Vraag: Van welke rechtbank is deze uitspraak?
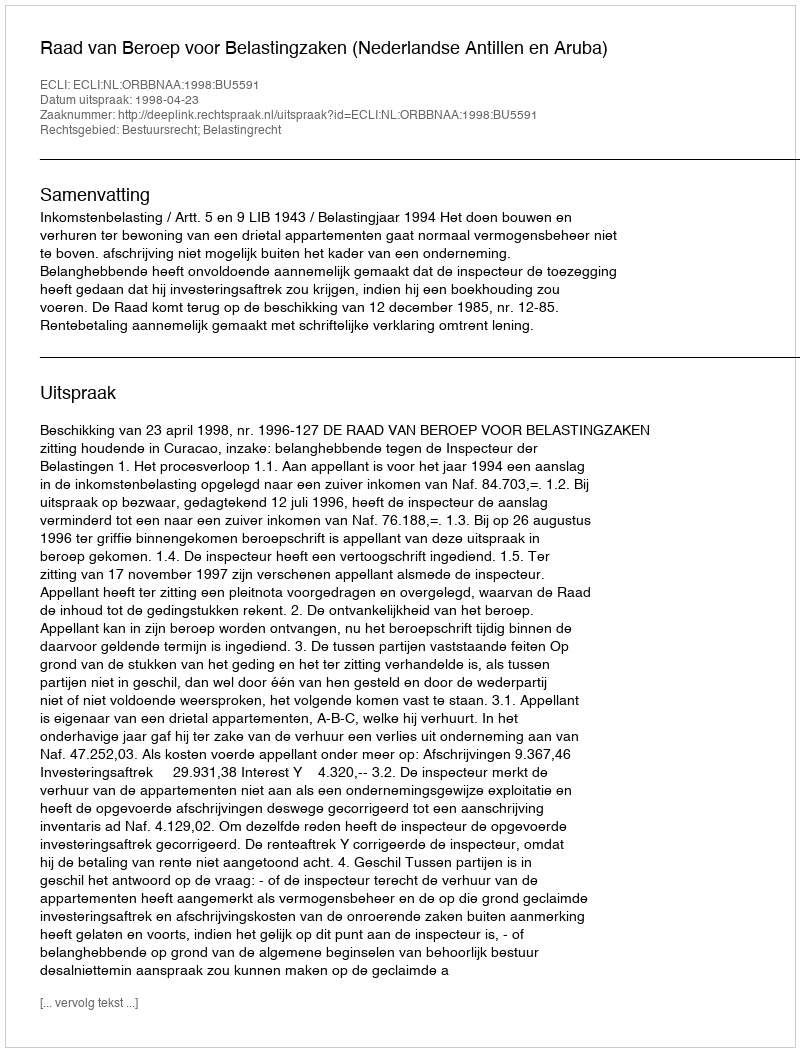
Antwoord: Raad van Beroep voor Belastingzaken (Nederlandse Antillen en Aruba)